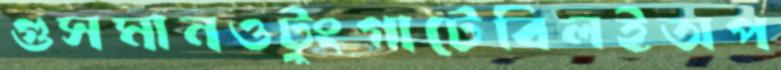
গুসমানওটুংগাটেবিলইঅপ